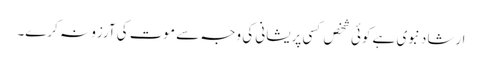
ارشاد نبوی ہے کوئی شخص کسی پریشانی کی وجہ سے موت کی آرزو نہ کرے۔